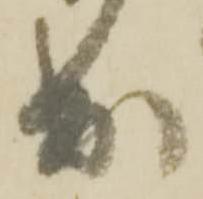
出